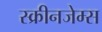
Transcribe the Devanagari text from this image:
स्क्रीनजेम्स